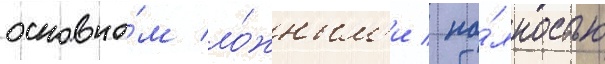
основно́м ло́жным'и / по́лностью